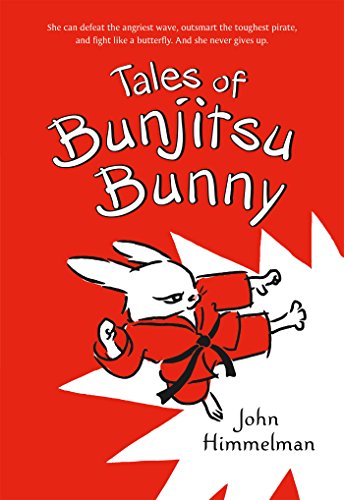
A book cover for Tales of Bunjitsu Bunny; John Himmelman; Children's Books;